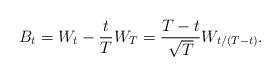
LaTeX: \begin{align*}B_t = W_t - \frac{t}{T}W_T = \frac{T-t}{\sqrt{T}} W_{t/(T-t)}.\end{align*}